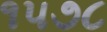
૧૫૭૮